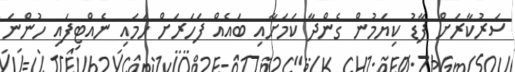
ސަރުކާރަށް ފާޑު ކިޔަމުން ގެންދާ ކަމަށާއި ބައެއް ފަހަރަށް ހަމައި ނެއްޓިފައި ހުންނަ